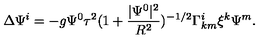
\Delta \Psi ^ { i } = - g \Psi ^ { 0 } \tau ^ { 2 } ( 1 + \frac { | \Psi ^ { 0 } | ^ { 2 } } { R ^ { 2 } } ) ^ { - 1 / 2 } \Gamma _ { k m } ^ { i } \xi ^ { k } \Psi ^ { m } .